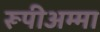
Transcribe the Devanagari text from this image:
रूपीअम्मा